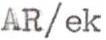
AR/ek